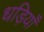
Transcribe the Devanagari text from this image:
धड़ियाँ